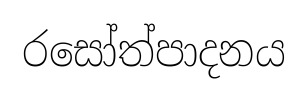
රසෝත්පාදනය